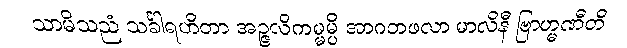
သာမိသညံ သင်္ခါရဟိတာ အဉ္ဇလိကမ္မမ္ပိ အာဂတဖလာ မာလိနီ ဗြာဟ္မဏီတိ